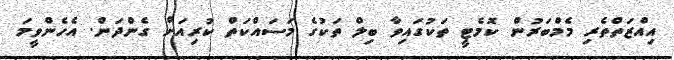
އިއްޒަތްތެރި މެމްބަރުން ކޮމެޓީ ތަކުގައިވާ ބިލް ތަކުގެ މަސައްކަތް ކުރިއަށް ގެންދަން. އެހެންވީމަ